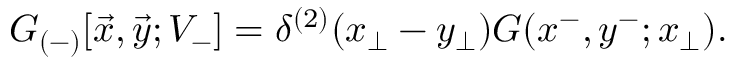
{ \cal G } _ { ( - ) } [ \vec { x } , \vec { y } ; V _ { - } ] = \delta ^ { ( 2 ) } ( x _ { \perp } - y _ { \perp } ) { \cal G } ( x ^ { - } , y ^ { - } ; x _ { \perp } ) .